Vabadussoja_Ajaloo_Komitee, lk 43
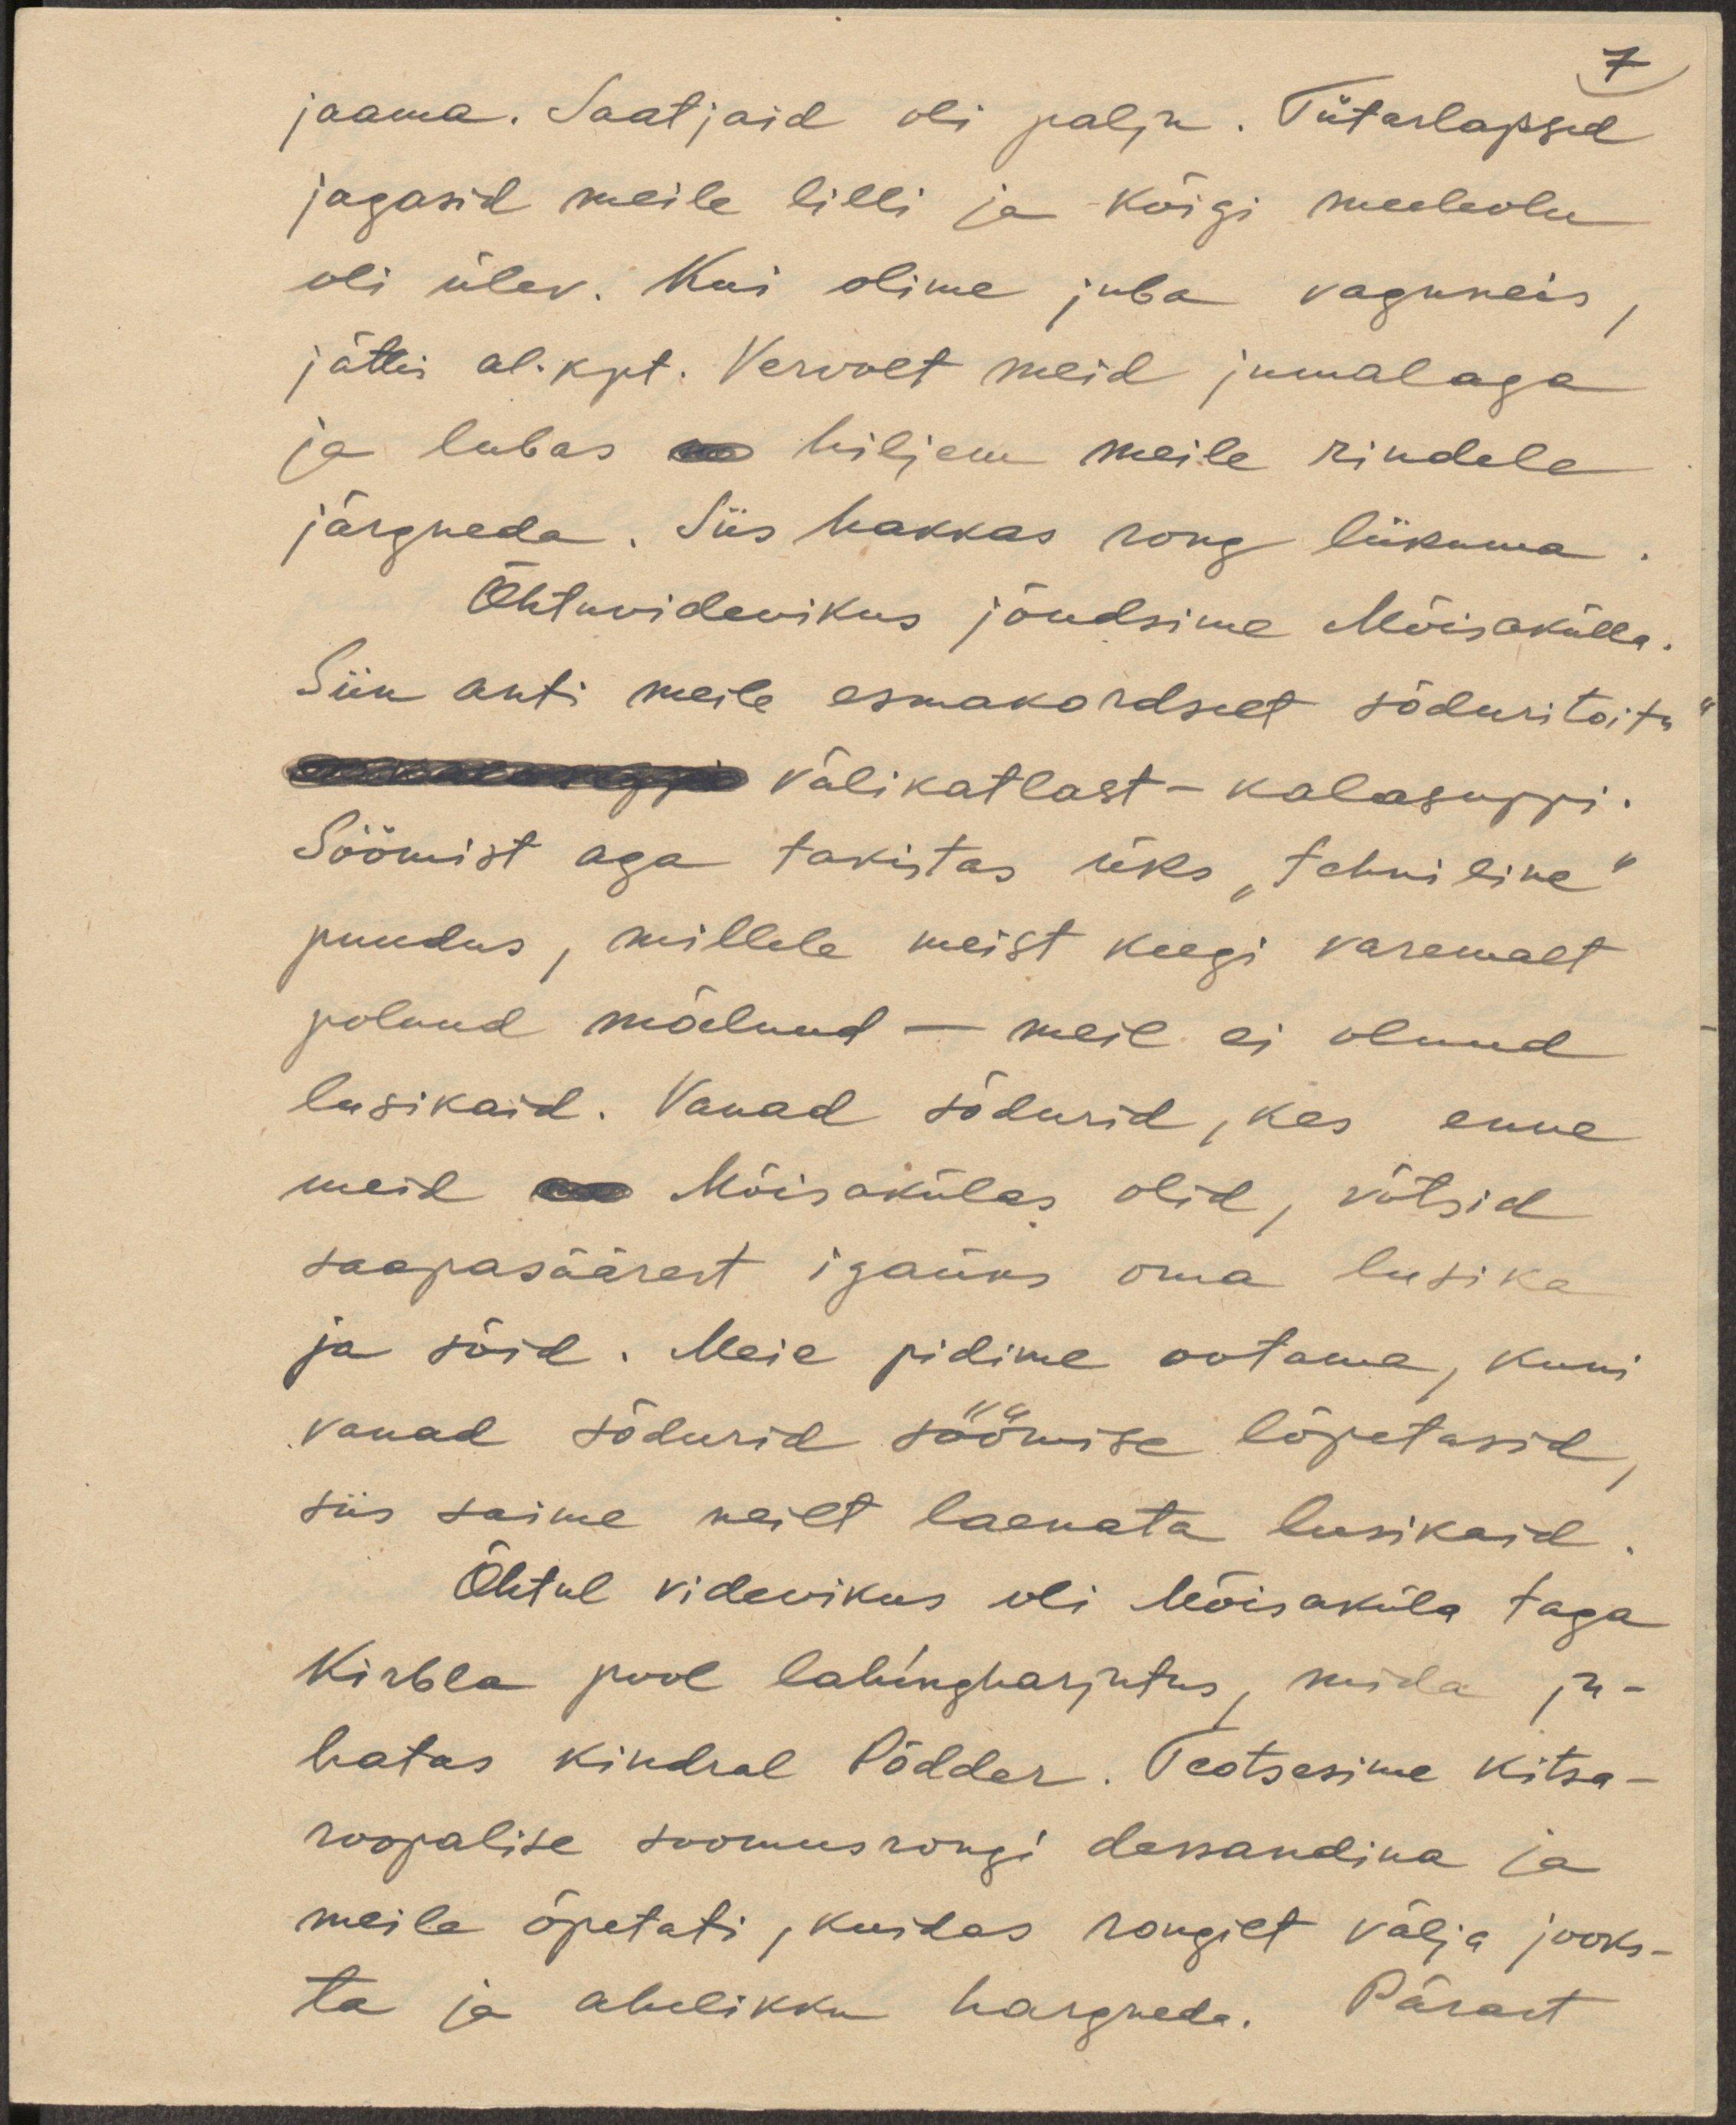
7
jaama. Saatjaid oli palju. Tütarlapsed
jagasid meile lilli ja kõigi meeleolu
oli ülev. Kui olime juba vaguneis,
jättis al.kpt. Vervolt meid jumalaga
ja lubas hiljem meile rindele
järgneda. Siis hakkas rong liikuma.
Õhtuvidevikus jõudsime Mõisakülla.
Siin anti meile esmakordselt sõduritoitu
kalasuppi välikatlast - kalasuppi.
Söömist aga takistas üks "tehniline"
puudus, millele meist keegi varemalt
polnud mõelnud - meil ei olnud
lusikaid. Vanad sõdurid, kes enne
meid Mõisakülas olid, võtsid
saapasäärest igaüks oma lusika
ja sõid. Meie pidime ootama, kuni
vanad sõdurid söömise lõpetasid,
siis saime neilt laenata lusikaid.
Õhtul videvikus oli Mõisaküla taga
Kirbla pool lahingharjutus, mida ju-
hatas kindral Põdder. Teotsesime kitsa-
roopalise soomusrongi dessandina ja
meile õpetati, kuidas rongilt välja jooks-
ta ja ahelikku hargneda. Pärast